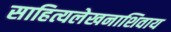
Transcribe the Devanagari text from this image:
साहित्यलेखनाशिवाय